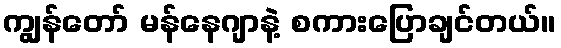
ကျွန်တော် မန်နေဂျာနဲ့ စကားပြောချင်တယ်။